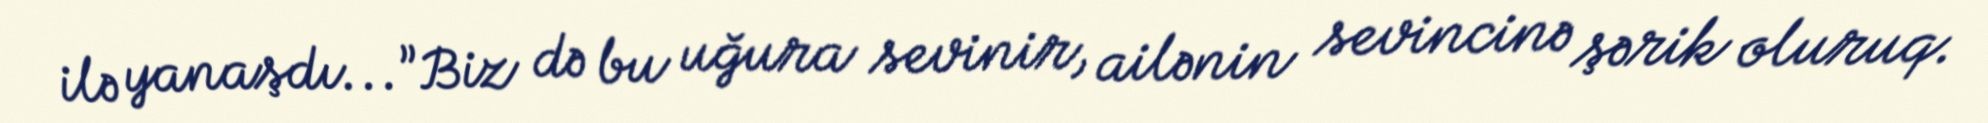
ilə yanaşdı...”Biz də bu uğura sevinir, ailənin sevincinə şərik oluruq.